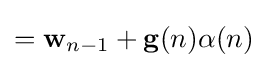
=\mathbf {w} _{n-1}+\mathbf {g} (n)\alpha (n)